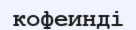
кофеинді